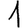
Digit: 1